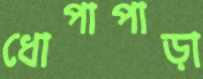
ধোপাপাড়া